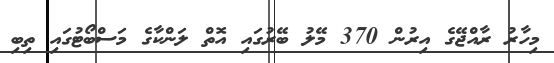
މިހާރު ރާއްޖޭގެ އިރުން 370 މޭލު ބޭރުގައި އޮތް ލަންކާގެ މަސްބޯޓުގައި ތިބި